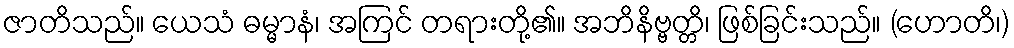
ဇာတိသည်။ ယေသံ ဓမ္မာနံ၊ အကြင် တရားတို့၏။ အဘိနိဗ္ဗတ္တိ၊ ဖြစ်ခြင်းသည်။ (ဟောတိ၊)